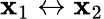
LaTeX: \mathbf{x}_{1}\leftrightarrow\mathbf{x}_{2}